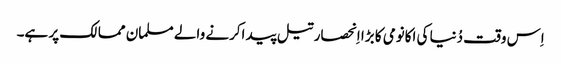
اِس وقت دُنیا کی اکانومی کا بڑا اِنحصار تیل پید اکرنے والے مسلمان ممالک پر ہے۔